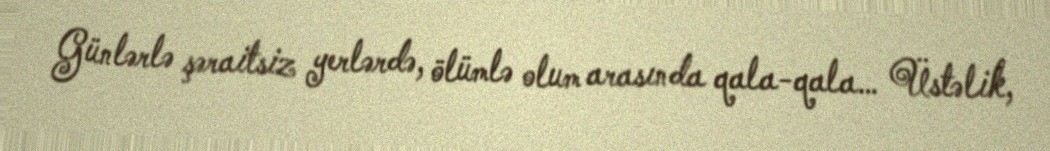
Günlərlə şəraitsiz yerlərdə, ölümlə olum arasında qala-qala… Üstəlik,